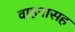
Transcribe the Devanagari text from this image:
वाहनासह